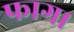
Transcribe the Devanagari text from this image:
फाग।